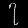
Digit: ၇